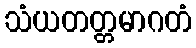
သံယတတ္တမာဂတံ